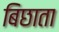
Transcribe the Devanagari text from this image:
बिछाता